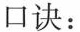
口诀：